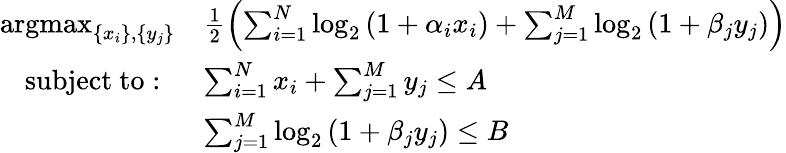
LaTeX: \begin{array}{rl}{\mathrm{argmax}_{\left\{ x_{i}\right\} ,\left\{ y_{j}\right\} }}&{\frac{1}{2}\left(\sum_{i=1}^{N}\log_{2}\left(1+\alpha_{i}x_{i}\right)+\sum_{j=1}^{M}\log_{2}\left(1+\beta_{j}y_{j}\right)\right)}\\ {\mathrm{subject~to:~}}&{\sum_{i=1}^{N}x_{i}+\sum_{j=1}^{M}y_{j}\leq A}\\ &{\sum_{j=1}^{M}\log_{2}\left(1+\beta_{j}y_{j}\right)\leq B}\end{array}